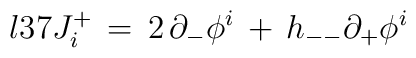
\l{37}J^+_i\,=\,2\,\partial_- \phi^i\,+\,h_{--} \partial_+ \phi^i